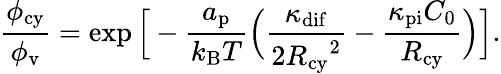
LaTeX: \frac{\phi_{\mathrm{cy}}}{\phi_{\mathrm{v}}}=\exp\Big[-\frac{a_{\mathrm{p}}}{k_{\mathrm{B}}T}\Big(\frac{\kappa_{\mathrm{dif}}}{{2R_{\mathrm{cy}}}^{2}}-\frac{\kappa_{\mathrm{pi}}C_{0}}{R_{\mathrm{cy}}}\Big)\Big].